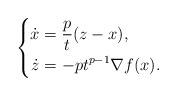
\begin{align*} \left\{ \begin{aligned} \dot{x} &= \frac{p}{t} (z - x),\\ \dot{z} &= -pt^{p-1} \nabla f(x). \end{aligned} \right. \end{align*}